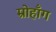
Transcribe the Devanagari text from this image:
म्रोहाँग